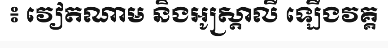
៖ វៀតណាម និងអូស្ត្រាលី ឡើងវគ្គ